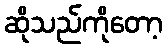
ဆိုသည်ကိုတော့